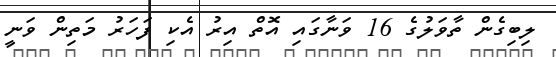
ލިބިގެން ތާވަލުގެ 16 ވަނާގައި އޮތް އިރު އެކި ފަހަރު މަތިން ވަނީ